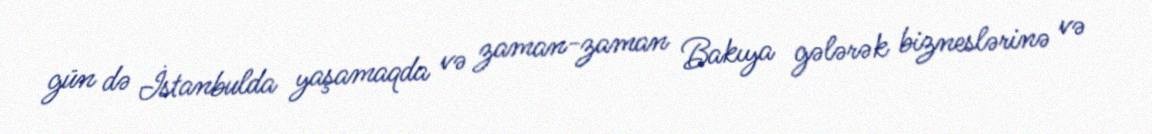
gün də İstanbulda yaşamaqda və zaman-zaman Bakıya gələrək bizneslərinə və